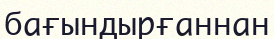
бағындырғаннан